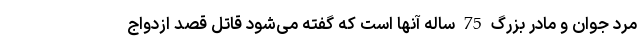
مرد جوان و مادر بزرگ 75 ساله آنها است که گفته می‌شود قاتل قصد ازدواج